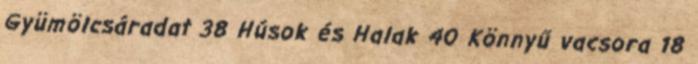
Gyümölcsáradat 38 Húsok és Halak 40 Könnyű vacsora 18